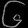
Digit: ၆